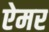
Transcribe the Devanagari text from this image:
ऐमर